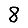
Digit: 8